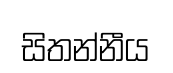
සිතන්නීය